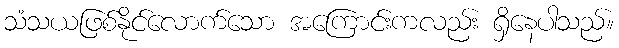
သံသယဖြစ်နိုင်လောက်သော အကြောင်းကလည်း ရှိနေပါသည်။